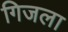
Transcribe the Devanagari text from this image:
गिजला